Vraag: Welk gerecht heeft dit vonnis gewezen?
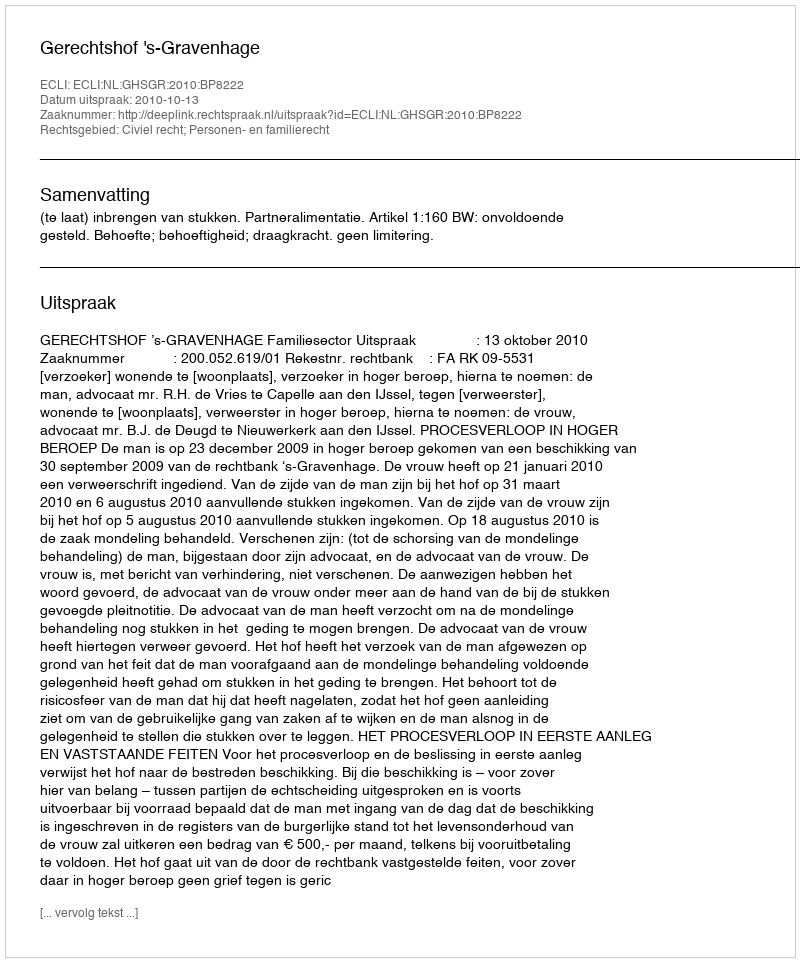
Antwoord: Gerechtshof 's-Gravenhage